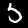
Digit: 5